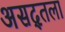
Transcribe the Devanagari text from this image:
असद्तला